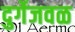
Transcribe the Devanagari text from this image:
दुर्गेजवळ